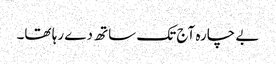
بے چارہ آج تک ساتھ دے رہا تھا۔